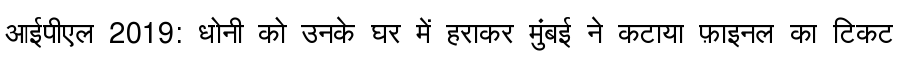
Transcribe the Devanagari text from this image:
आईपीएल 2019: धोनी को उनके घर में हराकर मुंबई ने कटाया फ़ाइनल का टिकट